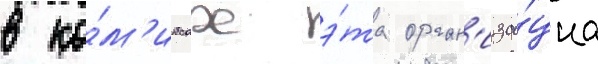
в ко́м'иксах э́та орган'иза́циа